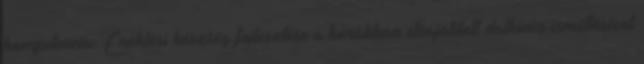
kompetencia. Éneklési készség fejlesztése a korábban elsajátított dalkincs ismétlésével